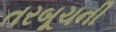
તરબૂચની